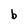
Character: b